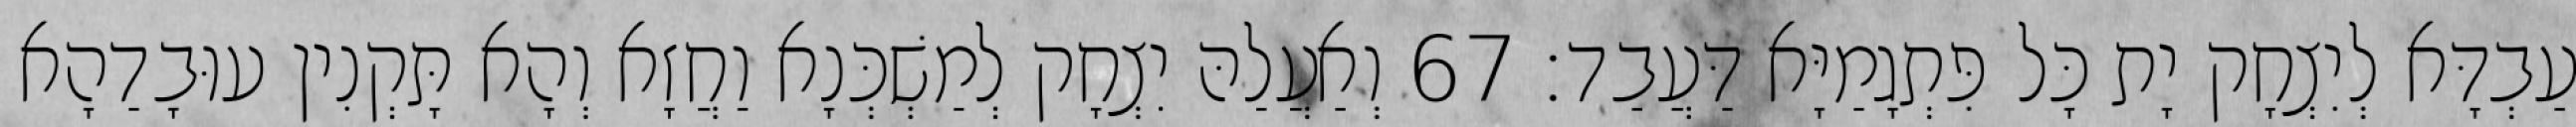
עַבְדָּא לְיִצְחָק יָת כָּל פִּתְגָמַיָּא דַּעֲבַד׃ 67 וְאַעֲלַהּ יִצְחָק לְמַשְׁכְּנָא וַחֲזָא וְהָא תָּקְנִין עוּבָדַהָא